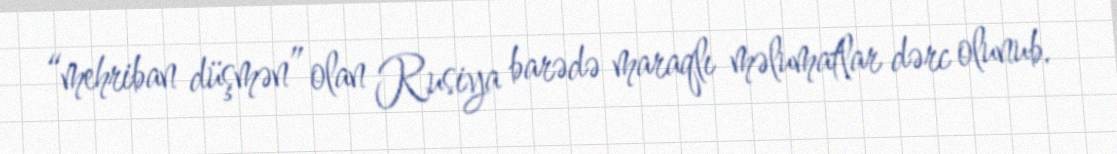
“mehriban düşmən” olan Rusiya barədə maraqlı məlumatlar dərc olunub.